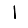
Digit: 1